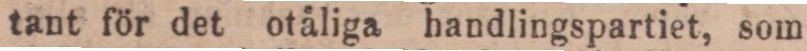
tant för det otäliga handlingspartiet, som